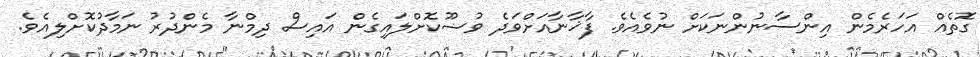
ގޮތެއް އަހަރެމެން އިންސާނުންނަކަށް ނުވެއެވެ. ފާޚާނާއަށްވަދެ ވުޟޫކޮށްލައިގެން އައިސް ދިމްނާ މެންދުރު ނަމާދުކޮށްލިއެވެ.